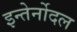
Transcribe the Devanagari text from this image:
इन्तेर्नोदल